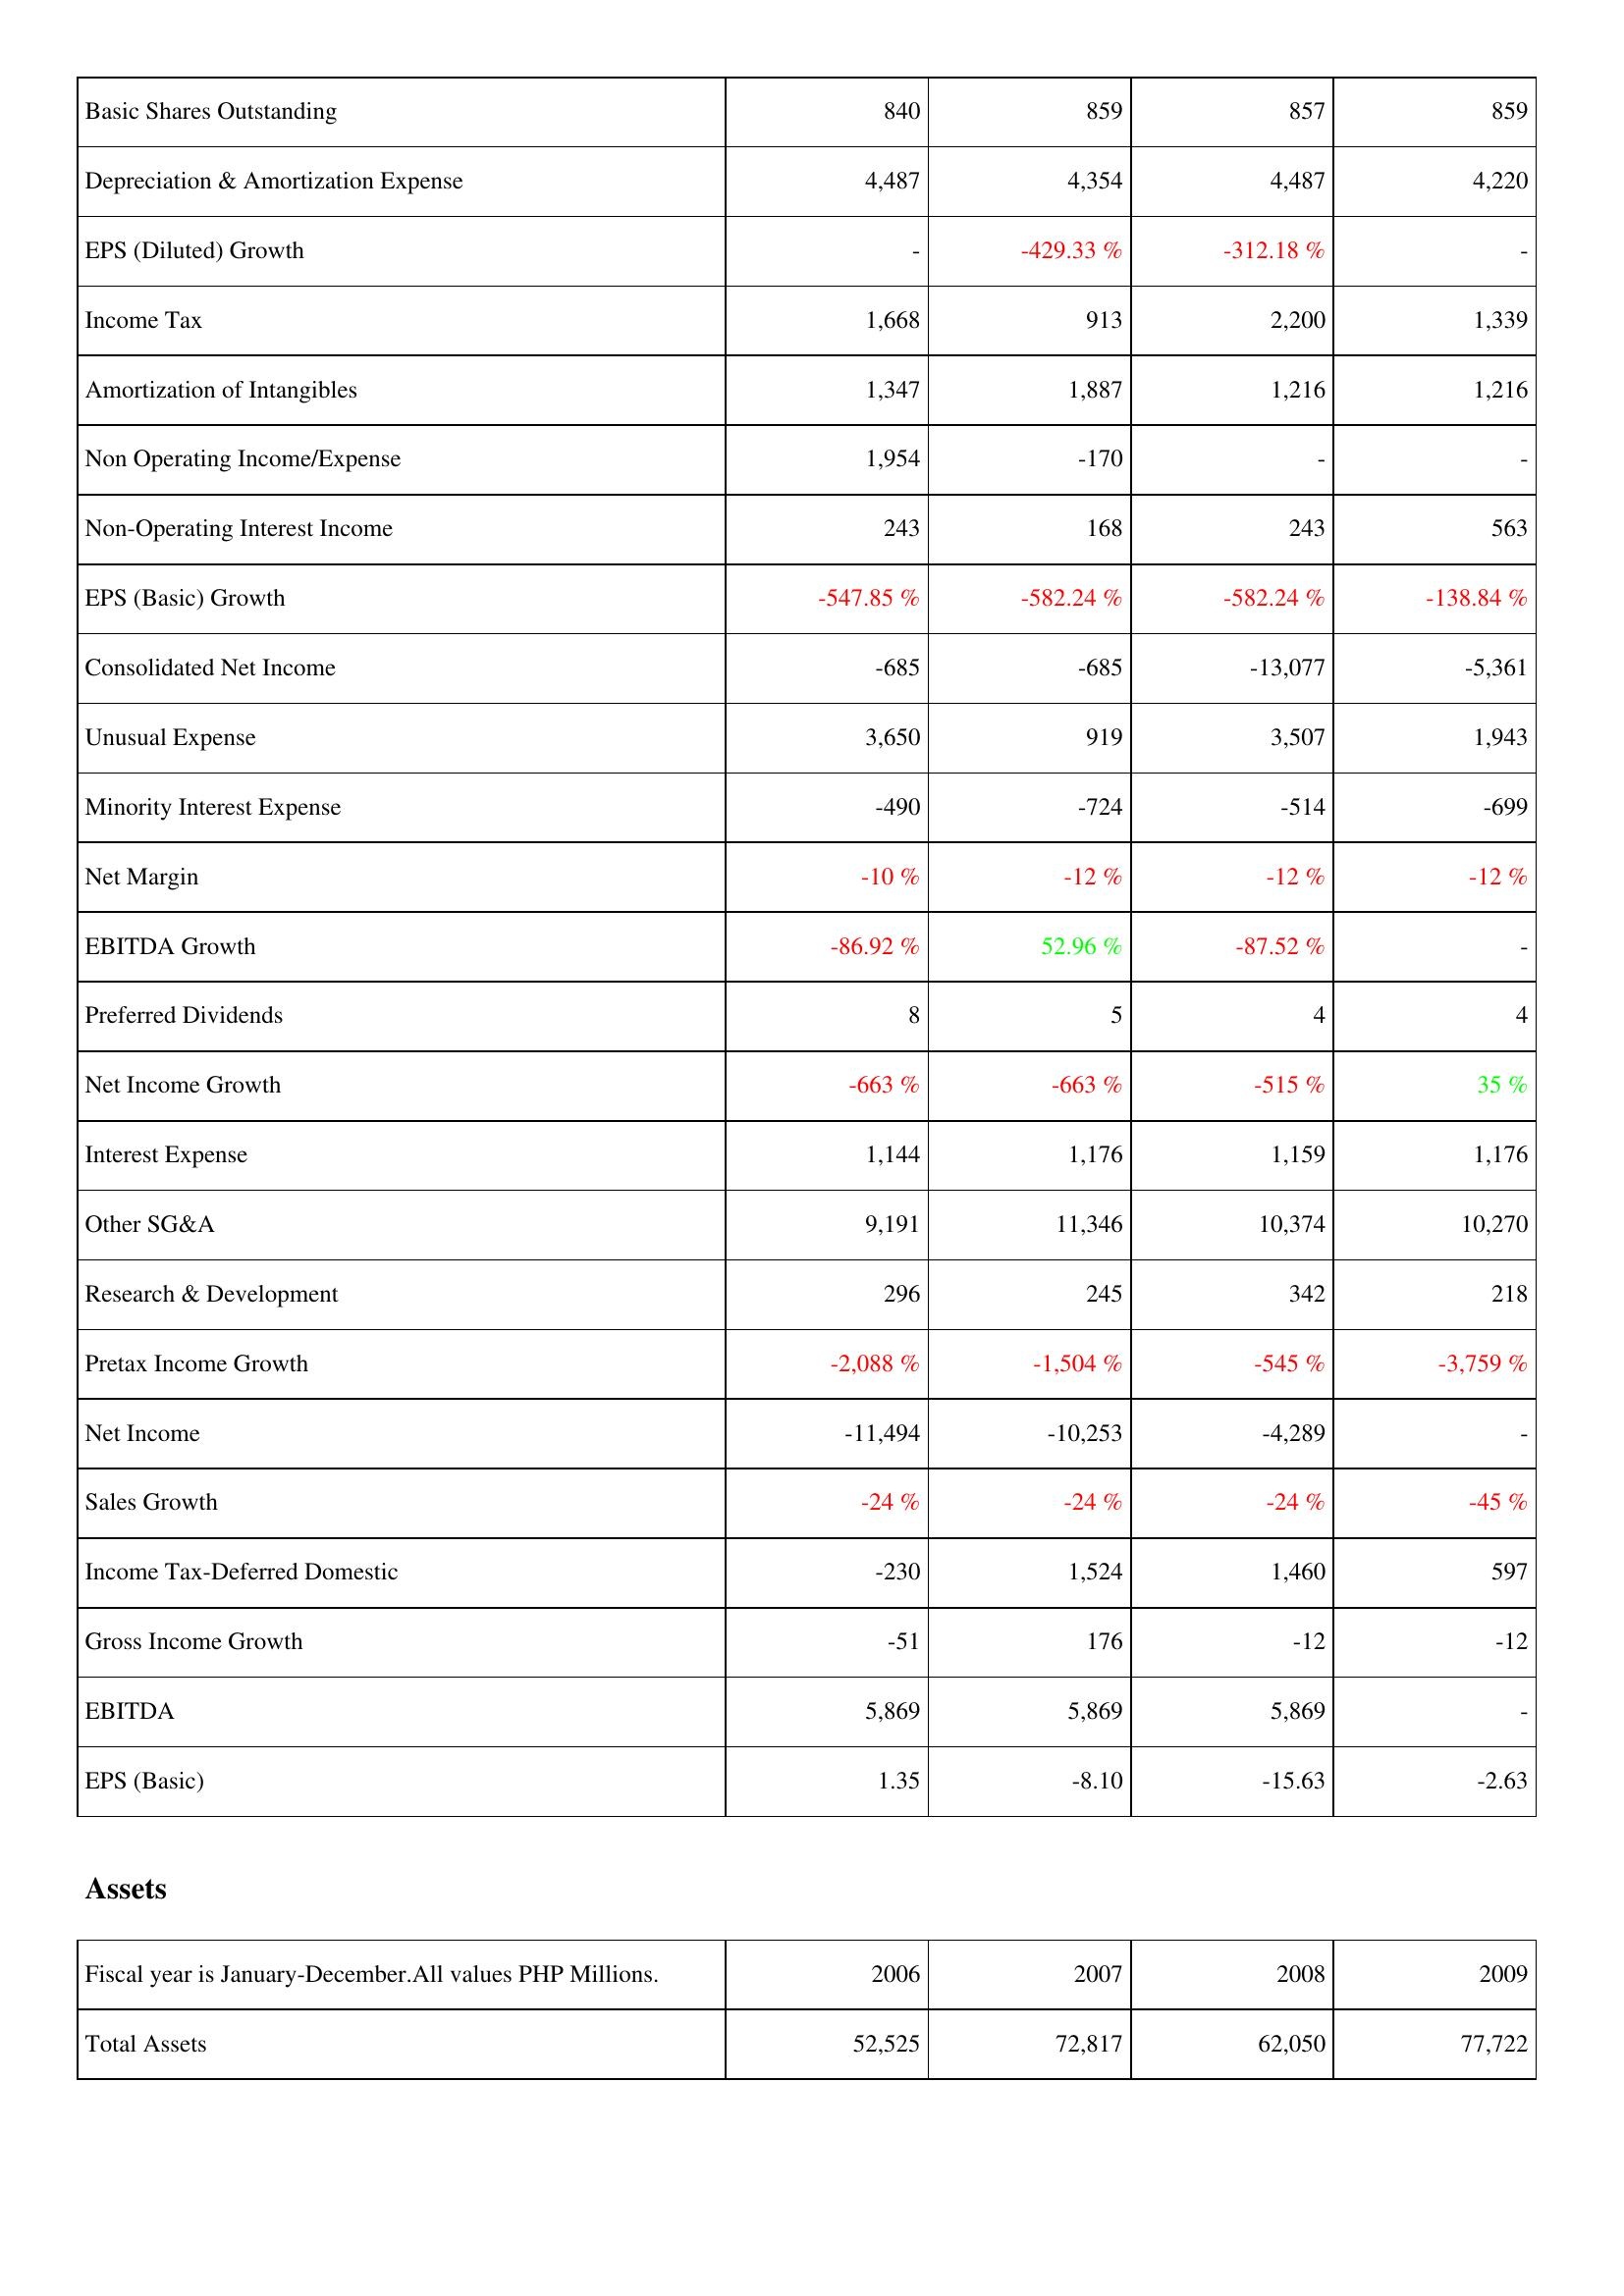
2006: Income Statement: Basic Shares Outstanding: 840
Depreciation & Amortization Expense: 4,487
EPS (Diluted) Growth: -
Income Tax: 1,668
Amortization of Intangibles: 1,347
Non Operating Income/Expense: 1,954
Non-Operating Interest Income: 243
EPS (Basic) Growth: -547.85 %
Consolidated Net Income: -685
Unusual Expense: 3,650
Minority Interest Expense: -490
Net Margin: -10 %
EBITDA Growth: -86.92 %
Preferred Dividends: 8
Net Income Growth: -663 %
Interest Expense: 1,144
Other SG&A: 9,191
Research & Development: 296
Pretax Income Growth: -2,088 %
Net Income: -11,494
Sales Growth: -24 %
Income Tax-Deferred Domestic: -230
Gross Income Growth: -51
EBITDA: 5,869
EPS (Basic): 1.35
Assets: Total Assets: 52,525
2007: Income Statement: Basic Shares Outstanding: 859
Depreciation & Amortization Expense: 4,354
EPS (Diluted) Growth: -429.33 %
Income Tax: 913
Amortization of Intangibles: 1,887
Non Operating Income/Expense: -170
Non-Operating Interest Income: 168
EPS (Basic) Growth: -582.24 %
Consolidated Net Income: -685
Unusual Expense: 919
Minority Interest Expense: -724
Net Margin: -12 %
EBITDA Growth: 52.96 %
Preferred Dividends: 5
Net Income Growth: -663 %
Interest Expense: 1,176
Other SG&A: 11,346
Research & Development: 245
Pretax Income Growth: -1,504 %
Net Income: -10,253
Sales Growth: -24 %
Income Tax-Deferred Domestic: 1,524
Gross Income Growth: 176
EBITDA: 5,869
EPS (Basic): -8.10
Assets: Total Assets: 72,817
2008: Income Statement: Basic Shares Outstanding: 857
Depreciation & Amortization Expense: 4,487
EPS (Diluted) Growth: -312.18 %
Income Tax: 2,200
Amortization of Intangibles: 1,216
Non Operating Income/Expense: -
Non-Operating Interest Income: 243
EPS (Basic) Growth: -582.24 %
Consolidated Net Income: -13,077
Unusual Expense: 3,507
Minority Interest Expense: -514
Net Margin: -12 %
EBITDA Growth: -87.52 %
Preferred Dividends: 4
Net Income Growth: -515 %
Interest Expense: 1,159
Other SG&A: 10,374
Research & Development: 342
Pretax Income Growth: -545 %
Net Income: -4,289
Sales Growth: -24 %
Income Tax-Deferred Domestic: 1,460
Gross Income Growth: -12
EBITDA: 5,869
EPS (Basic): -15.63
Assets: Total Assets: 62,050
2009: Income Statement: Basic Shares Outstanding: 859
Depreciation & Amortization Expense: 4,220
EPS (Diluted) Growth: -
Income Tax: 1,339
Amortization of Intangibles: 1,216
Non Operating Income/Expense: -
Non-Operating Interest Income: 563
EPS (Basic) Growth: -138.84 %
Consolidated Net Income: -5,361
Unusual Expense: 1,943
Minority Interest Expense: -699
Net Margin: -12 %
EBITDA Growth: -
Preferred Dividends: 4
Net Income Growth: 35 %
Interest Expense: 1,176
Other SG&A: 10,270
Research & Development: 218
Pretax Income Growth: -3,759 %
Net Income: -
Sales Growth: -45 %
Income Tax-Deferred Domestic: 597
Gross Income Growth: -12
EBITDA: -
EPS (Basic): -2.63
Assets: Total Assets: 77,722